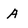
Character: A